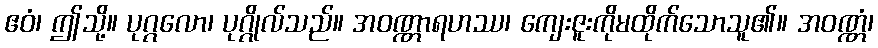
ဧဝံ၊ ဤသို့။ ပုဂ္ဂလော၊ ပုဂ္ဂိုလ်သည်။ အဝဏ္ဏာရဟဿ၊ ကျေးဇူးကိုမထိုက်သောသူ၏။ အဝဏ္ဏံ၊